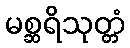
မစ္ဆရိသုတ္တံ